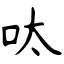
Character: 呔